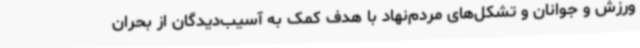
ورزش و جوانان و تشکل‌های مردم‌نهاد با هدف کمک به آسیب‌دیدگان از بحران